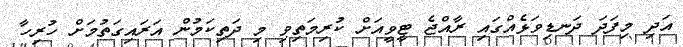
އަދި މިފަދަ ދަނޑިވަޅެއްގައި ރާއްޖެ ޓީވީއަށް ކުރިމަތިވި މި ދަތިކަމުން އަރައިގަތުމަށް ހުރިހާ